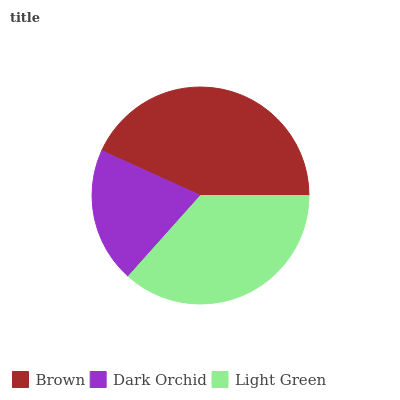
| Brown | Dark Orchid | Light Green |
 | --- | --- | --- |
 | 43.2% | 20.2% | 36.6% |